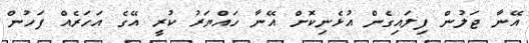
އޭނާ ޖަލުން ފިލައިގެން އުޅެނިކޮށް އޭނާ ހައްޔަރު ކުރީ އޭގެ އަހަރެއް ފަހުން